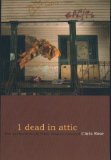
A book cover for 1 Dead in Attic; Chris Rose; Science & Math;